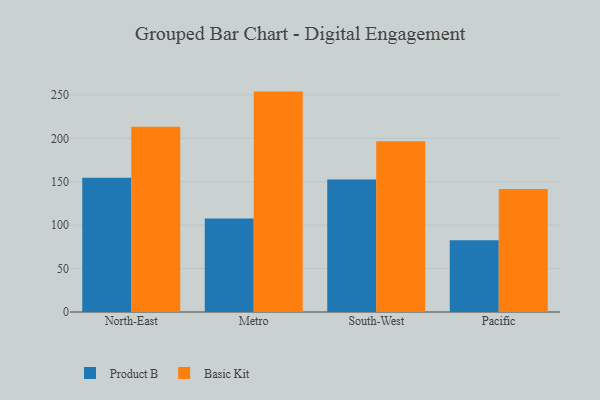
{"axis": {"x": "Region", "y": "Net Income (USD K)"}, "legend": ["Basic Kit", "Product B"], "data": [{"x": "North-East", "y": 154.7, "type": "Product B"}, {"x": "North-East", "y": 213.2, "type": "Basic Kit"}, {"x": "Metro", "y": 107.7, "type": "Product B"}, {"x": "Metro", "y": 253.8, "type": "Basic Kit"}, {"x": "South-West", "y": 152.7, "type": "Product B"}, {"x": "South-West", "y": 196.7, "type": "Basic Kit"}, {"x": "Pacific", "y": 82.6, "type": "Product B"}, {"x": "Pacific", "y": 141.7, "type": "Basic Kit"}]}